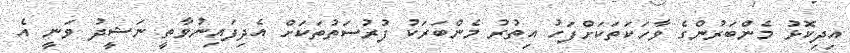
އިދިކޮޅު މެންބަރުންގެ ވާހަކަތަކަށްފަހު އިތުރު މެންބަރަކު ފުރުސަތުތަކަށް އެދިފައިނުވާތީ ނަޝީދު ވަނީ އެ